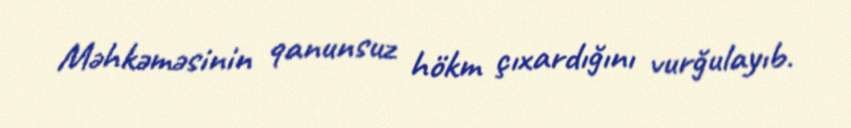
Məhkəməsinin qanunsuz hökm çıxardığını vurğulayıb.